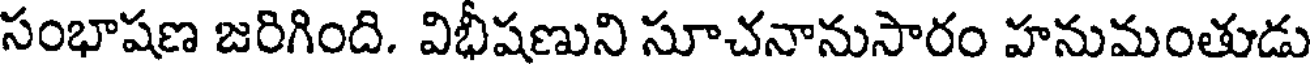
సంభాషణ జరిగింది. విభీషణుని సూచనానుసారం హనుమంతుడు